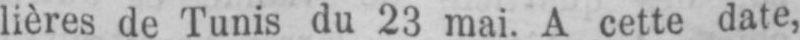
lières de Tunis du 23 mai. A cette date,